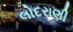
લોદરાણી